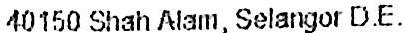
40150 SHAH ALAM, SELANGOR D.E.